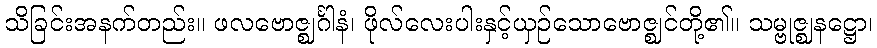
သိခြင်းအနက်တည်း။ ဖလဗောဇ္ဈင်္ဂါနံ၊ ဖိုလ်လေးပါးနှင့်ယှဉ်သောဗောဇ္ဈင်တို့၏။ သမ္ဗုဇ္ဈနဋ္ဌော၊